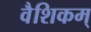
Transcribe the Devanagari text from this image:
वैशिकम्